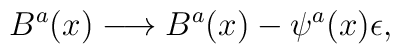
B^a(x) \longrightarrow B^a(x) - \psi^a(x) \epsilon,